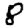
Digit: 8